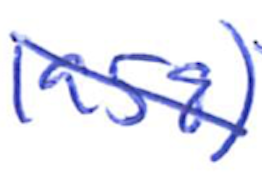
Text: 1958)
Cross-out: diagonal
Writing tool: ballpoint